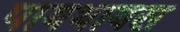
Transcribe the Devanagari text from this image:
पायथायस